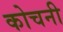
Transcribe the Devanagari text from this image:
कोचनी